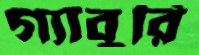
গ্যাবুরি